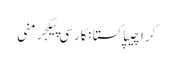
کراچیپاکستانکارسی پیکجرمنی